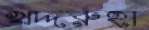
খদ্দরুহা